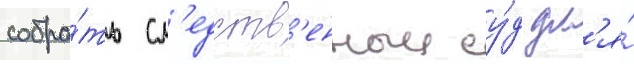
собра́ть сл'едств'енныи су́д дл'я́